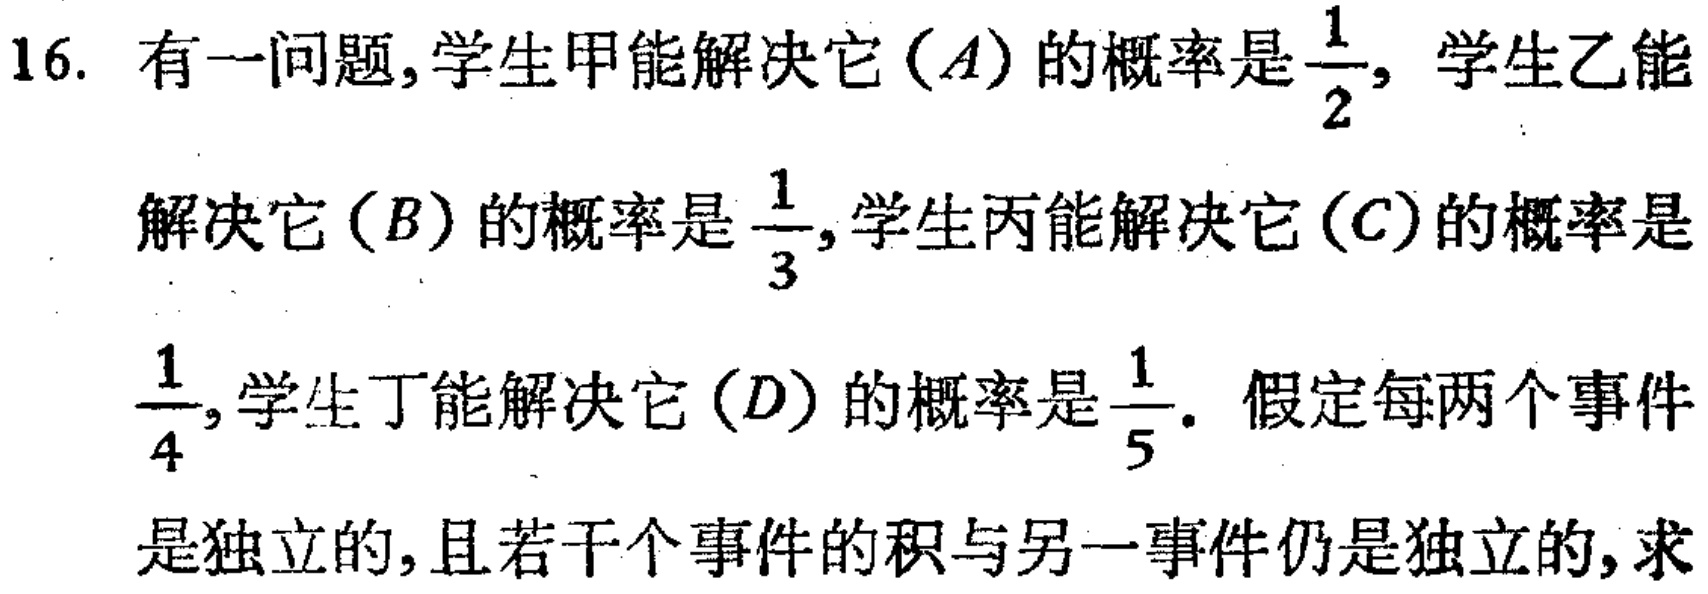
16. 有一问题，学生甲能解决它（\(A\)）的概率是\(\frac{1}{2}\)，学生乙能解决它（\(B\)）的概率是\(\frac{1}{3}\)，学生丙能解决它（\(C\)）的概率是\(\frac{1}{4}\)，学生丁能解决它（\(D\)）的概率是\(\frac{1}{5}\)。假定每两个事件是独立的，且若干个事件的积与另一事件仍是独立的，求